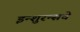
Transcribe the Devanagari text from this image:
इन्‍शुरन्‍सचे